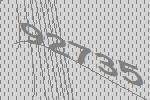
92735